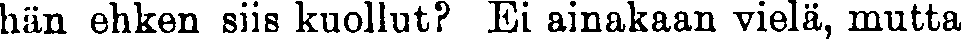
hiin ehken siis kuollut? Ei ainakaan vielä, mutta